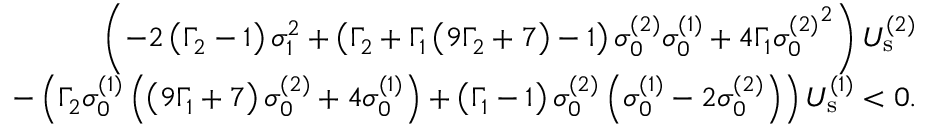
\begin{array} { r } { \left( - 2 \left( \Gamma _ { 2 } - 1 \right) \sigma _ { 1 } ^ { 2 } + \left( \Gamma _ { 2 } + \Gamma _ { 1 } \left( 9 \Gamma _ { 2 } + 7 \right) - 1 \right) \sigma _ { 0 } ^ { ( 2 ) } \sigma _ { 0 } ^ { ( 1 ) } + 4 \Gamma _ { 1 } { \sigma _ { 0 } ^ { ( 2 ) } } ^ { 2 } \right) U _ { \mathrm { s } } ^ { ( 2 ) } } \\ { - \left( \Gamma _ { 2 } \sigma _ { 0 } ^ { ( 1 ) } \left( \left( 9 \Gamma _ { 1 } + 7 \right) \sigma _ { 0 } ^ { ( 2 ) } + 4 \sigma _ { 0 } ^ { ( 1 ) } \right) + \left( \Gamma _ { 1 } - 1 \right) \sigma _ { 0 } ^ { ( 2 ) } \left( \sigma _ { 0 } ^ { ( 1 ) } - 2 \sigma _ { 0 } ^ { ( 2 ) } \right) \right) U _ { \mathrm { s } } ^ { ( 1 ) } < 0 . } \end{array}